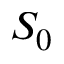
S _ { 0 }